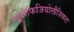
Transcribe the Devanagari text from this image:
न्यूरोफिजियोलौजिकल